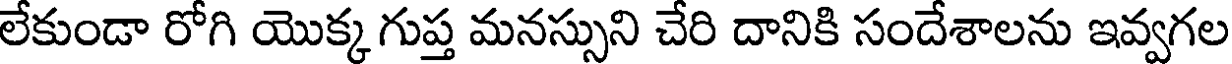
లేకుండా రోగి యొక్క గుప్త మనస్సుని చేరి దానికి సందేశాలను ఇవ్వగల